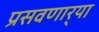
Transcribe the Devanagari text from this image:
प्रसवणार्‍या